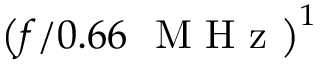
\left( { f / 0 . 6 6 ~ \mathrm { ~ M ~ H ~ z ~ } } \right) ^ { 1 }